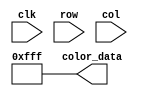
module empty_rom
	(
		input wire clk,
		input wire [5:0] row,
		input wire [5:0] col,
		output reg [11:0] color_data
	);

	(* rom_style = "block" *)

	//signal declaration
	reg [5:0] row_reg;
	reg [5:0] col_reg;

	always @(posedge clk)
		begin
		row_reg <= row;
		col_reg <= col;
		end
	wire [11:0] address = {row, col};
	always @(*) begin
		case(address)
			default: color_data = 12'b1111_1111_1111;
		endcase
	end
endmodule